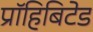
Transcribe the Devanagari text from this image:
प्रॉहिबिटेड